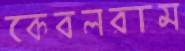
কেবলরাম